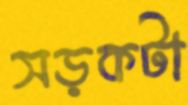
সড়কটা